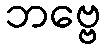
ဘဗ္ဗေ